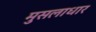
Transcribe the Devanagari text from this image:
मुसलाधार